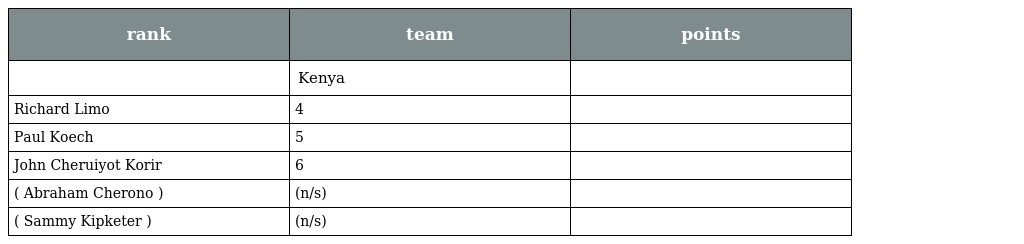
| rank | team | points |
 | --- | --- | --- |
 |  | Kenya |  |
 | Richard Limo | 4 |  |
 | Paul Koech | 5 |  |
 | John Cheruiyot Korir | 6 |  |
 | ( Abraham Cherono ) | (n/s) |  |
 | ( Sammy Kipketer ) | (n/s) |  |